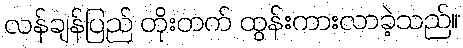
လန်ချန်ပြည် တိုးတက် ထွန်းကားလာခဲ့သည်။